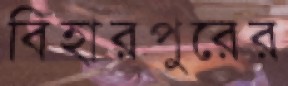
বিহারপুরের